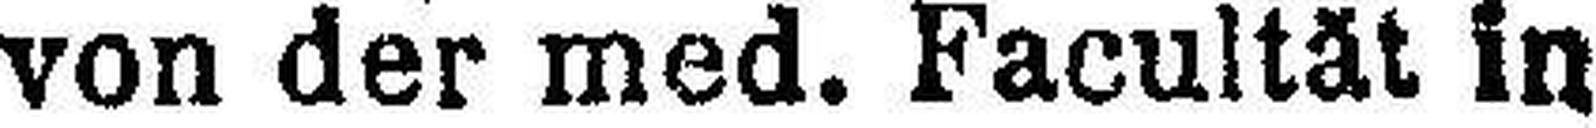
von der med. Facultät in